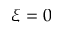
\xi = 0